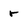
Character: r